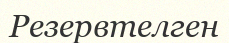
Резервтелген